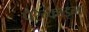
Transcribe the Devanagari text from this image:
पैरेन्काइमा